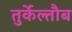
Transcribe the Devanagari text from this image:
तुर्केल्तौब